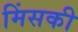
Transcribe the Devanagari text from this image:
मिंसकी